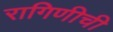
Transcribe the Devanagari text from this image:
रागिणीची